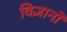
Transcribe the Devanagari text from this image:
विज्ञानों